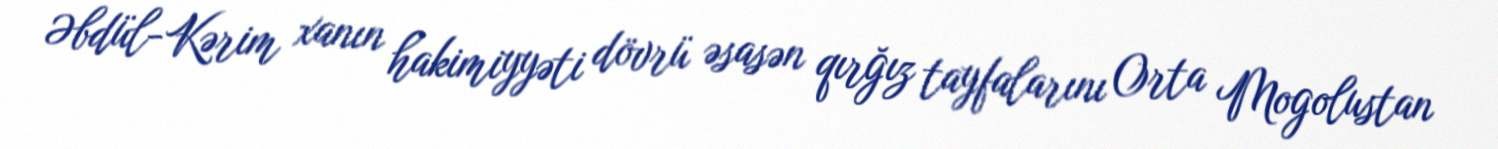
Əbdül-Kərim xanın hakimiyyəti dövrü əsasən qırğız tayfalarını Orta Mogolustan